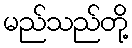
မည်သည်တို့